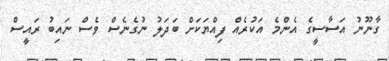
ގާނޫނު އަސާސީގެ އެންމެ އަކުރެއް ފިއްޔަކަށް ބަދަލު ނުގެނެސް ވެސް ނައިބު ރައީސް